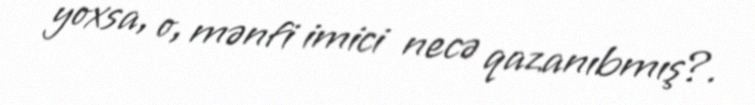
yoxsa, o, mənfi imici necə qazanıbmış?.